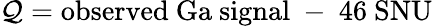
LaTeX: \mathcal{Q}=\mathrm{{observed~Ga~signal}}~-~46~\mathrm{{SNU}}